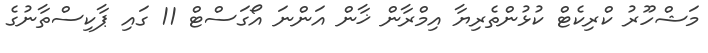
މަޝްހޫރު ކްރިކެޓް ކުޅުންތެރިޔާ އިމްރާން ޚާން އަންނަ އޯގަސްޓް 11 ގައި ޕާކިސްތާނުގެ